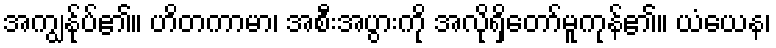
အကျွန်ုပ်၏။ ဟိတကာမာ၊ အစီးအပွားကို အလိုရှိတော်မူကုန်၏။ ယံယေန၊